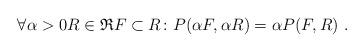
LaTeX: \begin{align*}\forall \alpha > 0 R \in \mathfrak{R} F \subset R\colon P(\alpha F, \alpha R) = \alpha P(F, R) \ \mbox{.}\end{align*}